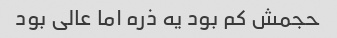
حجمش کم بود یه ذره اما عالی بود